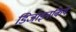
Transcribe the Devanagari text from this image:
डिजाइनकिये